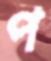
প